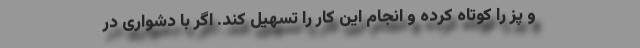
و پز را کوتاه کرده و انجام این کار را تسهیل کند. اگر با دشواری در